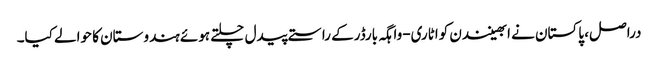
دراصل، پاکستان نے ابھینندن کواٹاری-واہگہ بارڈرکے راستے پیدل چلتے ہوئے ہندوستان کا حوالے کیا۔